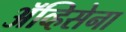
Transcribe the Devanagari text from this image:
ॲव्हिसेना